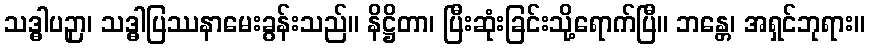
သဒ္ဓါပဉှာ၊ သဒ္ဓါပြဿနာမေးခွန်းသည်။ နိဋ္ဌိတာ၊ ပြီးဆုံးခြင်းသို့ရောက်ပြီ။ ဘန္တေ၊ အရှင်ဘုရား။